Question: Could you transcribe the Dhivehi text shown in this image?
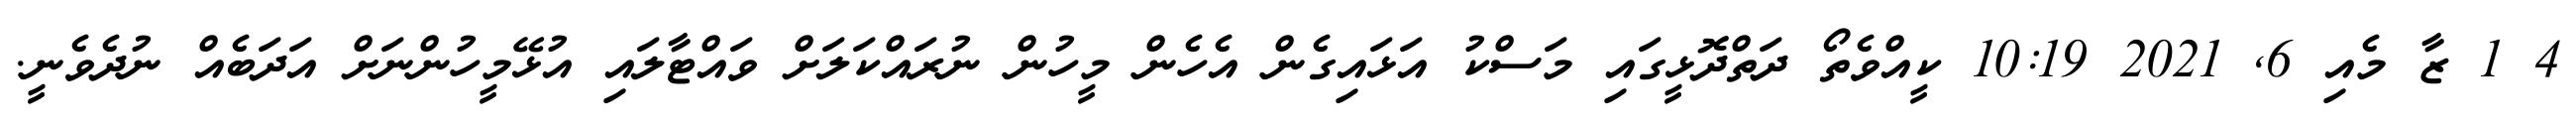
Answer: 4 1 ޒާ މެއި 6, 2021 10:19 ކީއްވެތޯ ދަތްދޮޅީގައި މަސްކު އަޅައިގެން އެހެން މީހުން ނުރައްކަލަށް ވައްޓާލައި އުޅޭމީހުންނަށް އަދަބެއް ނުދެވެނީ.